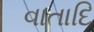
વાતાદિ